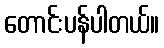
တောင်းပန်ပါတယ်။